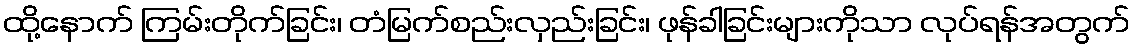
ထို့နောက် ကြမ်းတိုက်ခြင်း၊ တံမြက်စည်းလှည်းခြင်း၊ ဖုန်ခါခြင်းများကိုသာ လုပ်ရန်အတွက်